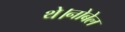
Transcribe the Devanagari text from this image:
थे।नोबेल